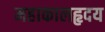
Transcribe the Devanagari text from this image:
महाकालहृदय